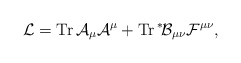
\begin{align*}{\cal L} = {\rm Tr}\,{\cal A}_\mu {\cal A}^\mu + {\rm Tr}\, \mbox{}^*\!{\cal B}_{\mu\nu} {\cal F}^{\mu\nu},\end{align*}